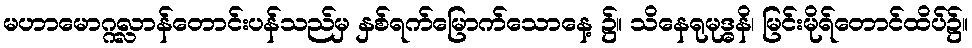
မဟာမောဂ္ဂလ္လာန်တောင်းပန်သည်မှ နှစ်ရက်မြောက်သောနေ့ ၌။ သိနေရုမုဒ္ဓနိ၊ မြင်းမိုရ်တောင်ထိပ်၌။